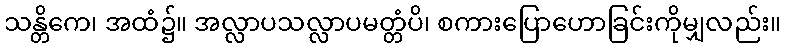
သန္တိကေ၊ အထံ၌။ အလ္လာပသလ္လာပမတ္တံပိ၊ စကားပြောဟောခြင်းကိုမျှလည်း။